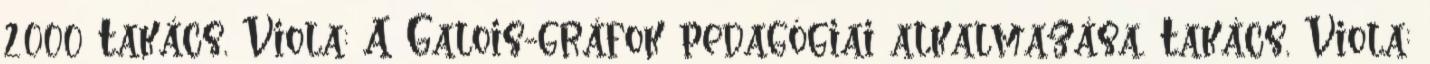
2000 Takács, Viola: A Galois-gráfok pedagógiai alkalmazása. Takács, Viola: